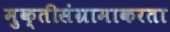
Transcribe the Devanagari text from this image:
मुक्तीसंग्रामाकरता